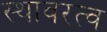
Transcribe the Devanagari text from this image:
स्थावरत्व